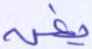
يغن